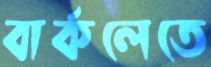
বার্কলেতে